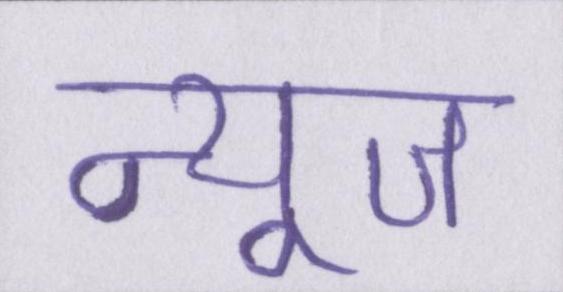
न्यूज